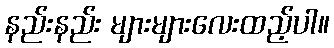
နည်းနည်း များများလေးထည့်ပါ။